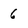
Character: 6